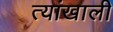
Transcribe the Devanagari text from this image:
त्यांखाली